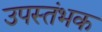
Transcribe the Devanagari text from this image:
उपस्तंभक